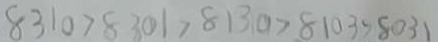
8 3 1 0 > 8 3 0 1 > 8 1 3 0 > 8 1 0 3 > 8 0 3 1